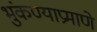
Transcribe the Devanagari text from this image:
भुंकण्याप्रमाणे